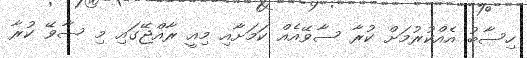
ހިސާބު އެއްކުރުމަށް ކުރާ ސާވޭއެއް ކަމަށާއި މިއީ ރާއްޖޭގައި މި ސާވޭ ކުރާ